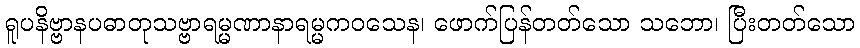
ရူပနိဗ္ဗာနပဓာတုသဗ္ဗာရမ္မဏာနာရမ္မကဝသေန၊ ဖောက်ပြန်တတ်သော သဘော၊ ပြီးတတ်သော